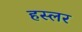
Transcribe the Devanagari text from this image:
हस्‍लर